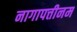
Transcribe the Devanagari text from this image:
नागापत्तीनम